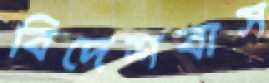
বিদেশবাস